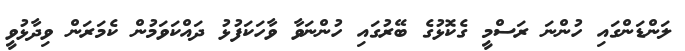
ލަންޑަންގައި ހުންނަ ރަސްމީ ގެކޮޅުގެ ބޭރުގައި ހުންނަވާ ވާހަކަފުޅު ދައްކަވަމުން ކެމަރަން ވިދާޅުވީ